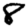
Digit: 8